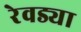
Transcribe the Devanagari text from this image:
रेवड्या